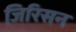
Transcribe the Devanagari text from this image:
जिरिसन